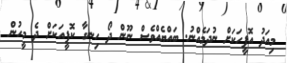
މިއަދު އޮފީހަކަށް ނުދަމެއްނު. ބައްޔެއްވެސް ނޫން ދޯ ހިނގާ ކޮފީއަކަށް ދެ މީހުން